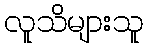
လူသိများသူ